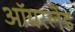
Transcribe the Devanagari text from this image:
ऑयरलैंड